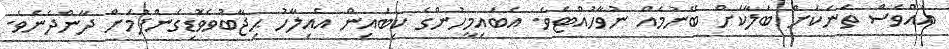
އެއްވެސް ތަނަކަށް ބަލާކަށް ބޭނުމެއް ނުވާހުއްޓެވެ. އެބައިމީހުންގެ ކިބައިން އެއިލާހު ޙިޖާބުވެވޮޑިގެންފުމަށް ދާންދެނެވެ.